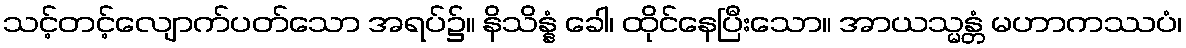
သင့်တင့်လျောက်ပတ်သော အရပ်၌။ နိသိန္နံ ခေါ၊ ထိုင်နေပြီးသော။ အာယသ္မန္တံ မဟာကဿပံ၊